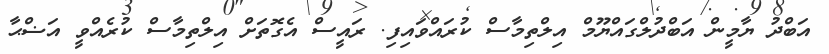
އަބްދު ޔާމީން އަބްދުލްގައްޔޫމް އިލްތިމާސް ކުރައްވައިފި. ރައީސް އެގޮތަށް އިލްތިމާސް ކުރެއްވީ އަޟްޙާ